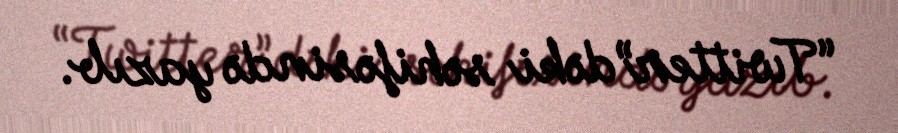
“Twitter”dəki səhifəsində yazıb.